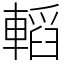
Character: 轁